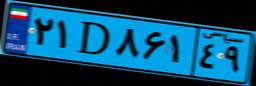
۶۲D۷۰۶۴۵